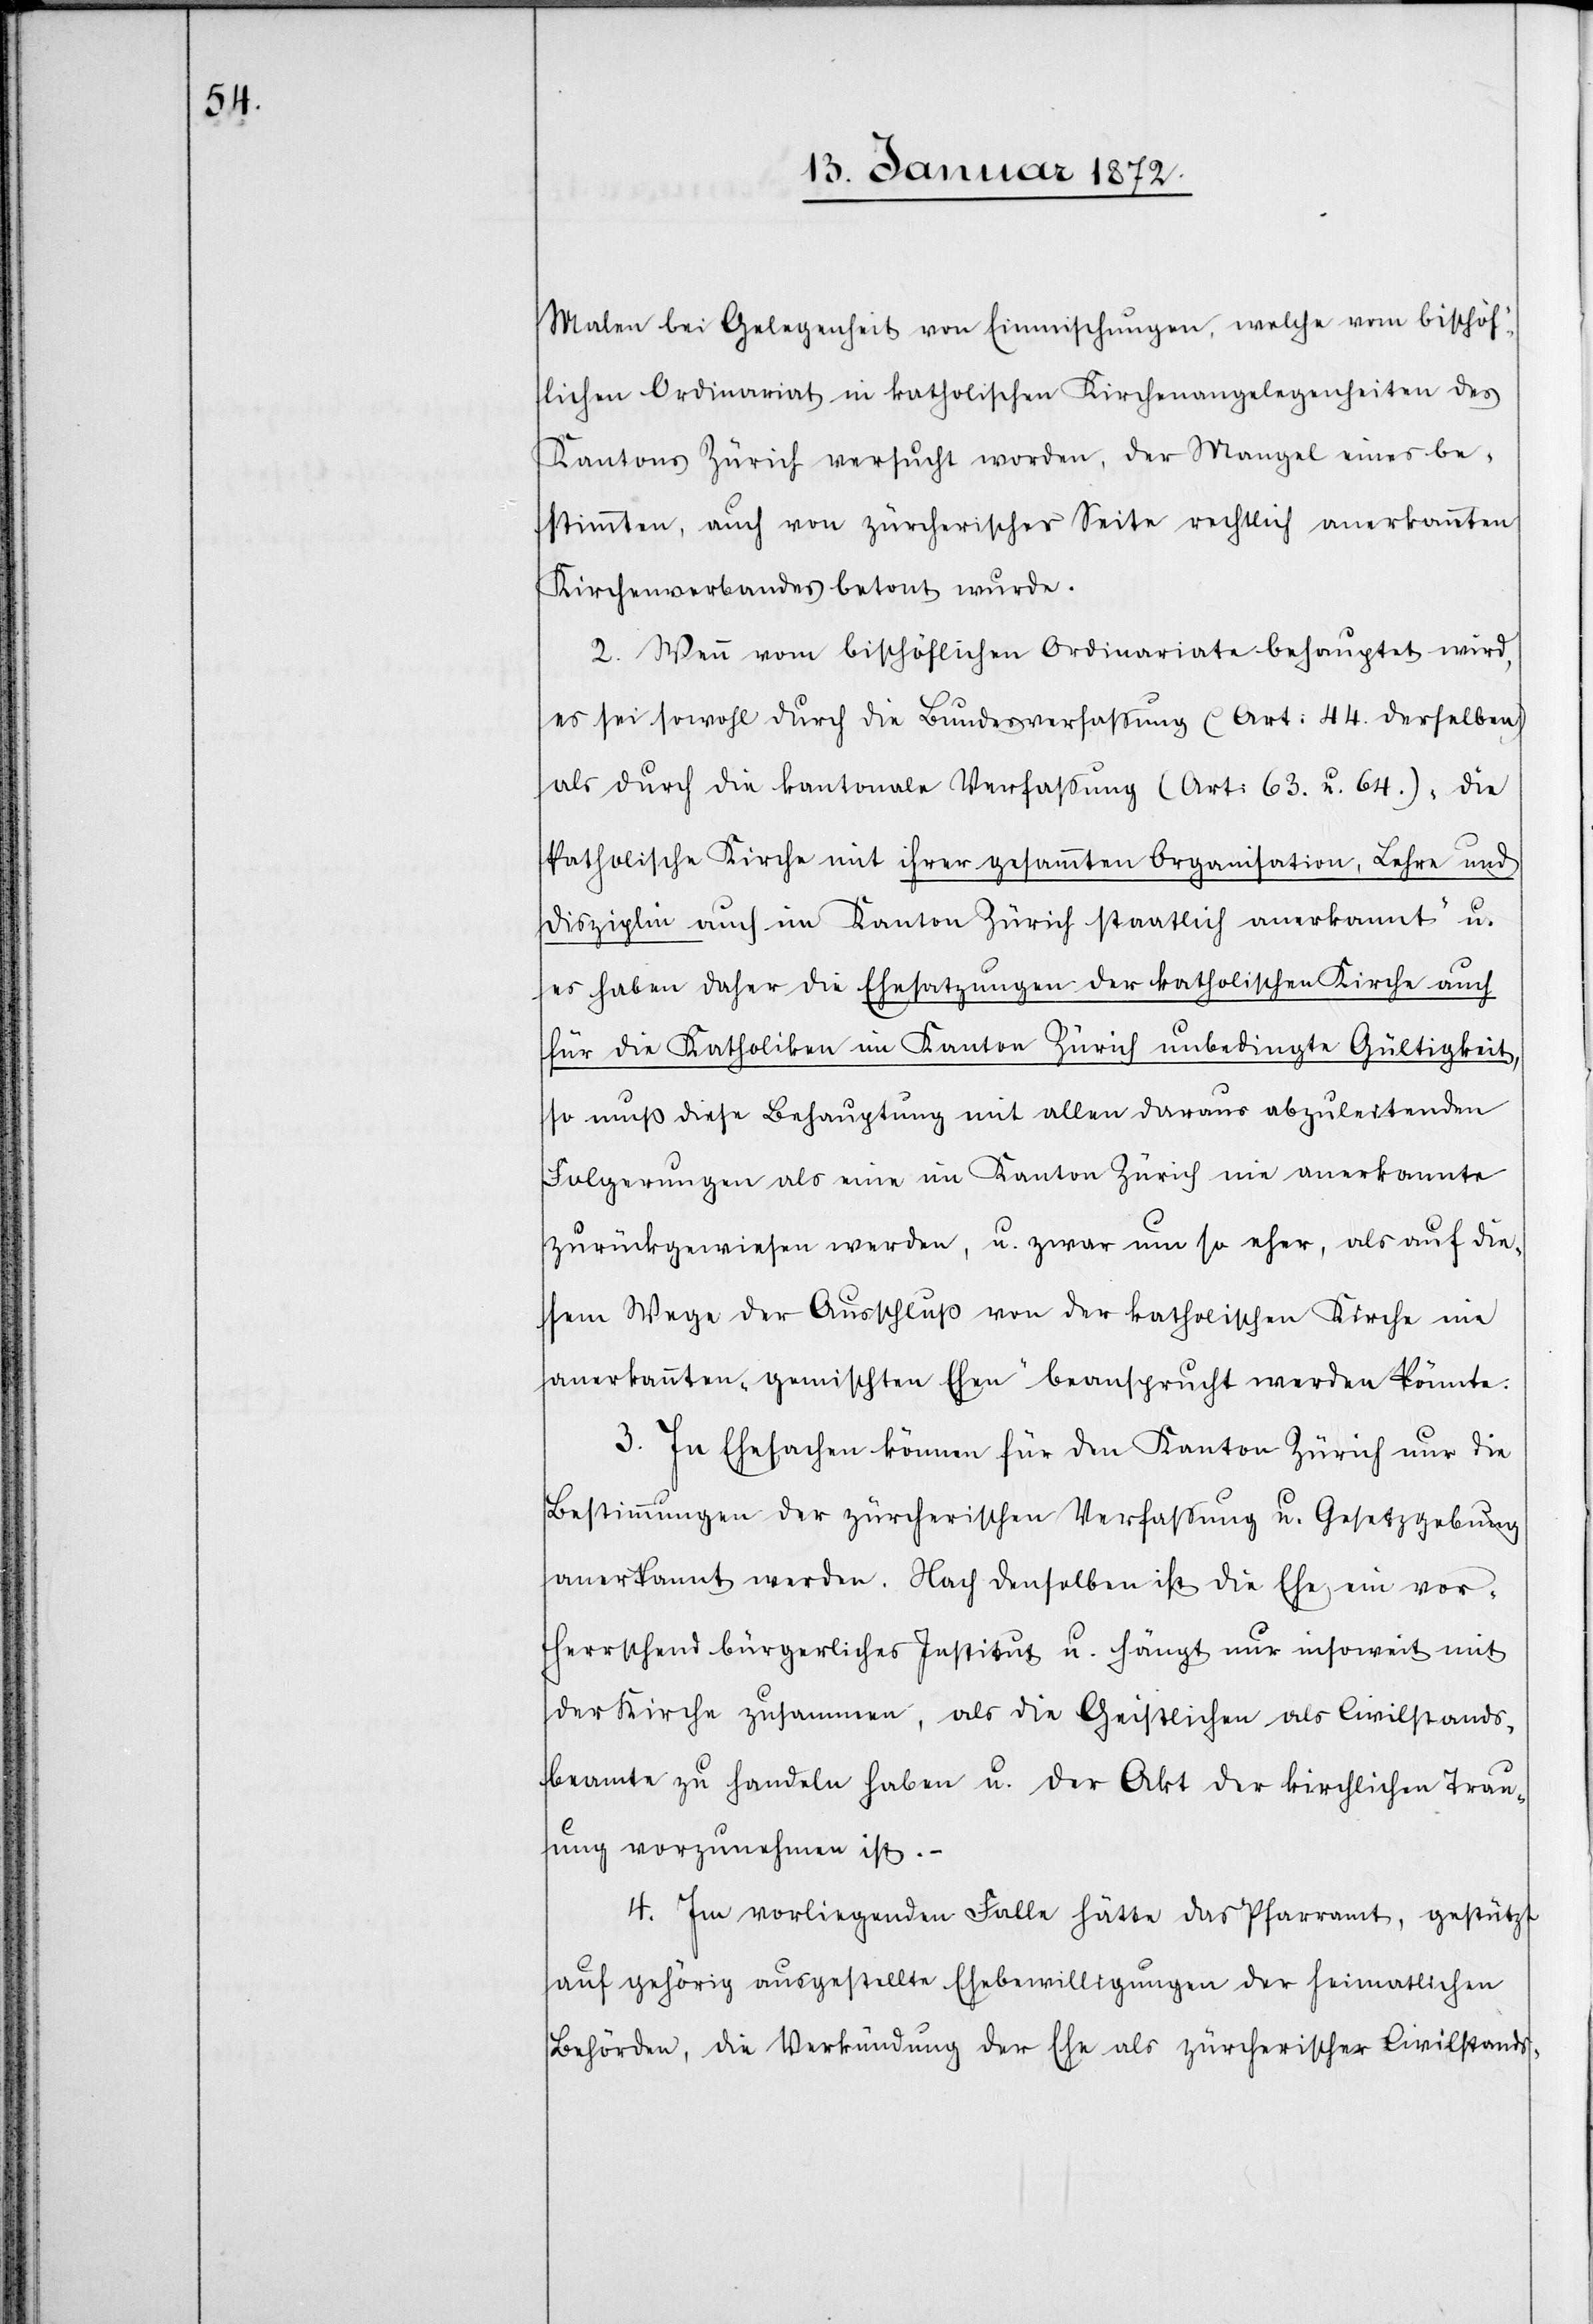
Malen bei Gelegenheit von Einmischungen, welche vom bischöf¬
lichen Ordinariat in katholischen Kirchenangelegenheiten des
Kantons Zürich versucht worden, der Mangel eines be¬
stimmten, auch von zürcherischer Seite rechtlich anerkannten
Kirchenverbandes betont wurde.
2. Wenn vom bischöflichen Ordinariate behauptet wird,
es sei sowohl durch die Bundesverfassung (Art. 44. derselben)
als durch die kantonale Verfassung (Art. 63. u. 64.) „die
katholische Kirche mit ihrer gesammten Organisation, Lehre und
Disziplin auch im Kanton Zürich staatlich anerkannt“ u.
es haben daher die Ehesatzungen der katholischen Kirche auch
für die Katholiken im Kanton Zürich unbedingte Gültigkeit,
so muß diese Behauptung mit allen daraus abzuleitenden
Folgerungen als eine im Kanton Zürich nie anerkannte
zurückgewiesen werden, u. zwar um so eher, als auf die¬
sem Wege der Ausschluß von der katholischen Kirche nie
anerkannten „gemischten Ehen“ beansprucht werden könnte.
3. In Ehesachen können für den Kanton Zürich nur die
Bestimmungen der zürcherischen Verfassung u. Gesetzgebung
anerkannt werden. Nach denselben ist die Ehe ein vor¬
herrschend bürgerliches Institut u. hängt nur insoweit mit
der Kirche zusammen, als die Geistlichen als Civilstands¬
beamte zu handeln haben u. der Akt der kirchlichen Trau¬
ung vorzunehmen ist.–
4. Im vorliegenden Falle hätte das Pfarramt, gestützt
auf gehörig ausgestellte Ehebewilligungen der heimathlichen
Behörden, die Verkündung der Ehe als zürcherischer Civilstands-